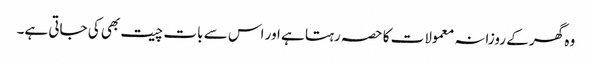
وہ گھر کے روزانہ معمولات کا حصہ رہتا ہے اور اس سے بات چیت بھی کی جاتی ہے۔